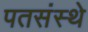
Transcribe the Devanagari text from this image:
पतसंस्थे